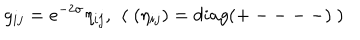
g _ { i j } = e ^ { - 2 \sigma } \eta _ { i j } , ~ \left( ~ ( \eta _ { i j } ) = d i a g ( + --- - ) ~ \right)